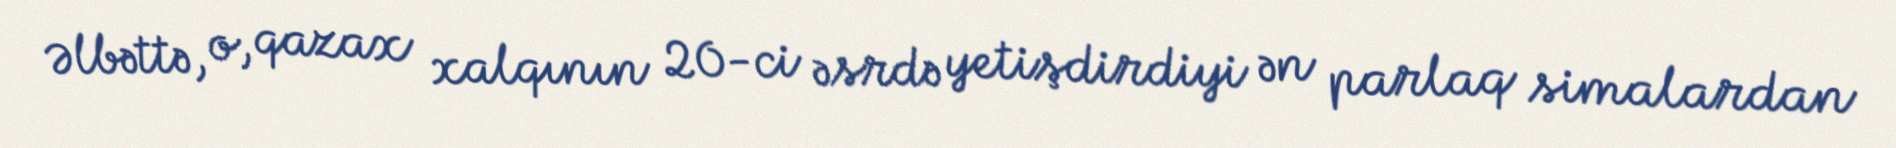
Əlbəttə, o, qazax xalqının 20-ci əsrdə yetişdirdiyi ən parlaq simalardan